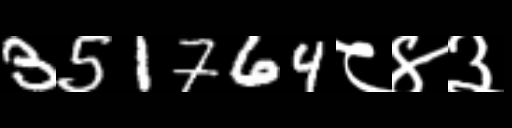
Text: 351764८४३